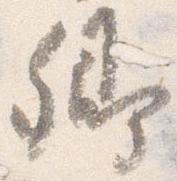
卿